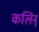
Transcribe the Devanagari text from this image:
कलिन्